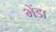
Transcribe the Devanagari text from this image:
भेंडा